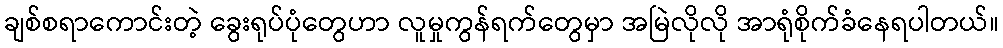
ချစ်စရာကောင်းတဲ့ ခွေးရုပ်ပုံတွေဟာ လူမှုကွန်ရက်တွေမှာ အမြဲလိုလို အာရုံစိုက်ခံနေရပါတယ်။